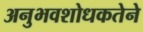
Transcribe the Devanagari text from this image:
अनुभवशोधकतेने